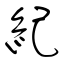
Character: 紀